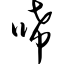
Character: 唏